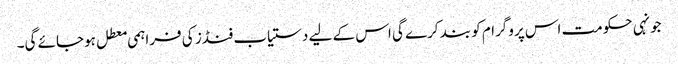
جونہی حکومت اس پروگرام کو بند کرے گی اس کے لیے دستیاب فنڈز کی فراہمی معطل ہوجائے گی۔